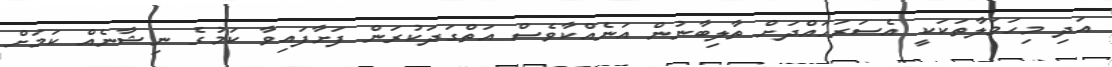
އަދި މިހަމަލާތަކަކީ އެސަރަހައްދަށް ތާލިބާނުން އަނެއްކާވެސް އަތްގަދަކުރަން ފަށާފައިވާ ކަމުގެ ނިޝާނެއް ކަމަށް